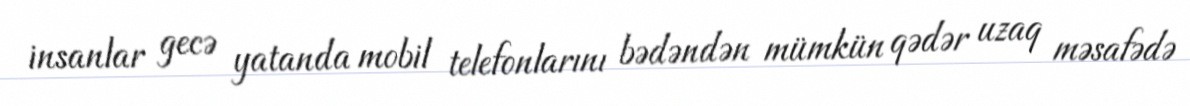
insanlar gecə yatanda mobil telefonlarını bədəndən mümkün qədər uzaq məsafədə